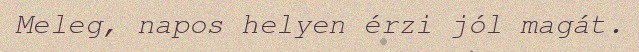
Meleg, napos helyen érzi jól magát.